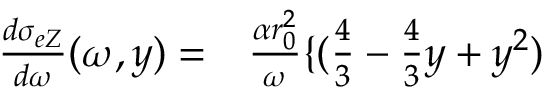
\begin{array} { r l } { \frac { d \sigma _ { e Z } } { d \omega } ( \omega , y ) = } & { { } \frac { \alpha r _ { 0 } ^ { 2 } } { \omega } \lbrace ( \frac { 4 } { 3 } - \frac { 4 } { 3 } y + y ^ { 2 } ) } \end{array}